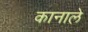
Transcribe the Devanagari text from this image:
कानाले